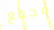
مجمع